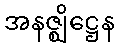
အနဇ္ဈိဋ္ဌေန